Indian journal of veterinary science and animal husbandry - Volume 4,
Year: 1934
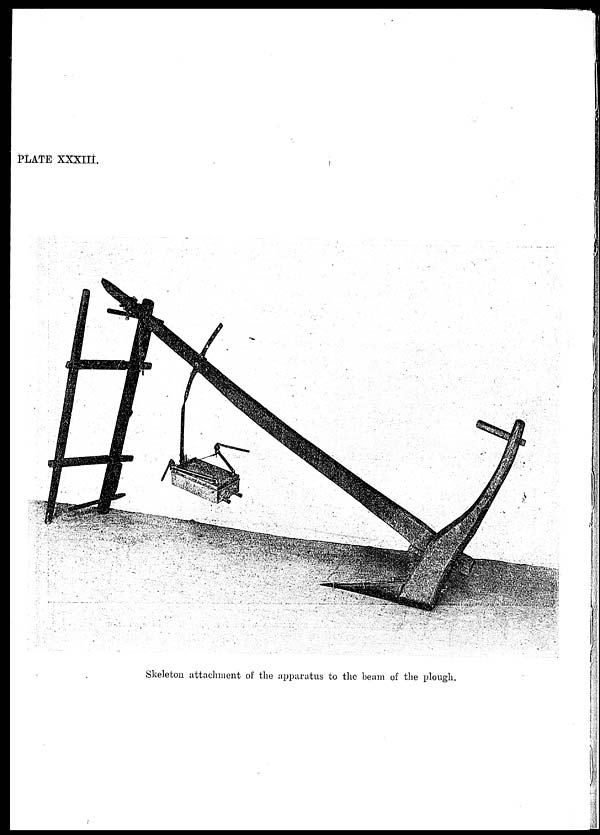
PLATE XXXIII.
Skeleton attachment of the apparatus to the beam of the plough.